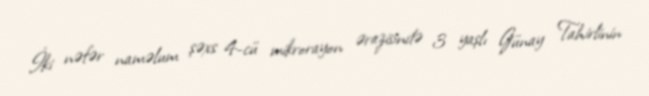
İki nəfər naməlum şəxs 4-cü mikrorayon ərazisində 3 yaşlı Günay Tahirlinin